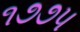
૧૭૭૫